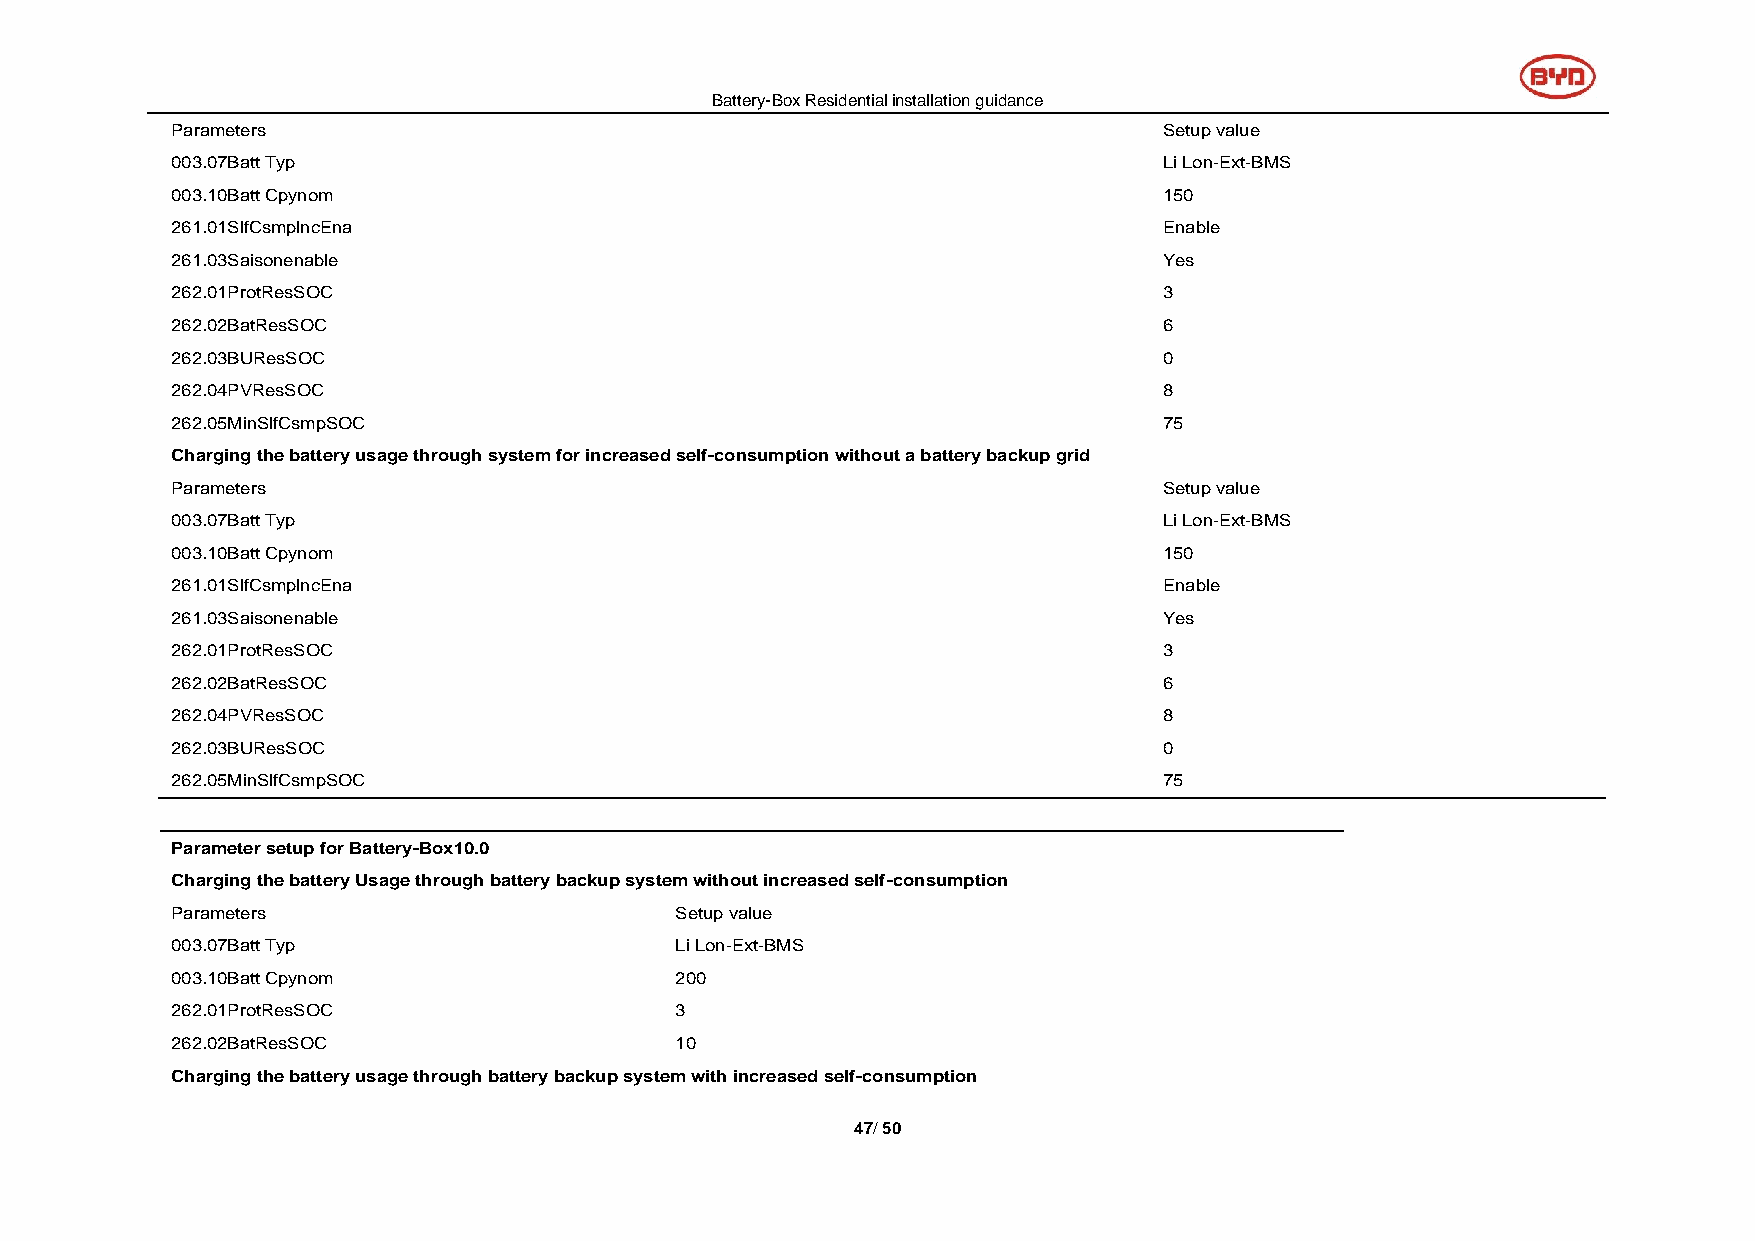
Battery-Box Residential installation guidance
 Parameters                                                        Setup value
 003.07Batt Typ                                                    Li Lon-Ext-BMS
 003.10Batt Cpynom                                                 150
 261.01SlfCsmplncEna                                               Enable
 261.03Saisonenable                                                Yes
 262.01ProtResSOC                                                  3
 262.02BatResSOC                                                   6
 262.03BUResSOC                                                    0
 262.04PVResSOC                                                    8
 262.05MinSlfCsmpSOC                                               75
 Charging the battery usage through system for increased self-consumption without a battery backup grid
 Parameters                                                        Setup value
 003.07Batt Typ                                                    Li Lon-Ext-BMS
 003.10Batt Cpynom                                                 150
 261.01SlfCsmplncEna                                               Enable
 261.03Saisonenable                                                Yes
 262.01ProtResSOC                                                  3
 262.02BatResSOC                                                   6
 262.04PVResSOC                                                    8
 262.03BUResSOC                                                    0
 262.05MinSlfCsmpSOC                                               75
 Parameter setup for Battery-Box10.0
 Charging the battery Usage through battery backup system without increased self-consumption
 Parameters                        Setup value
 003.07Batt Typ                    Li Lon-Ext-BMS
 003.10Batt Cpynom                 200
 262.01ProtResSOC                  3
 262.02BatResSOC                   10
 Charging the battery usage through battery backup system with increased self-consumption
 47/ 50